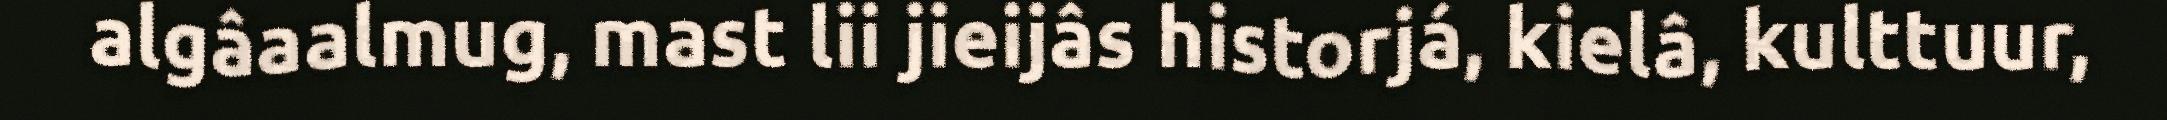
algâaalmug, mast lii jieijâs historjá, kielâ, kulttuur,